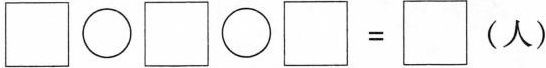
$$\square\bigcirc\square\bigcirc\square=\square(人）$$